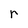
Character: r